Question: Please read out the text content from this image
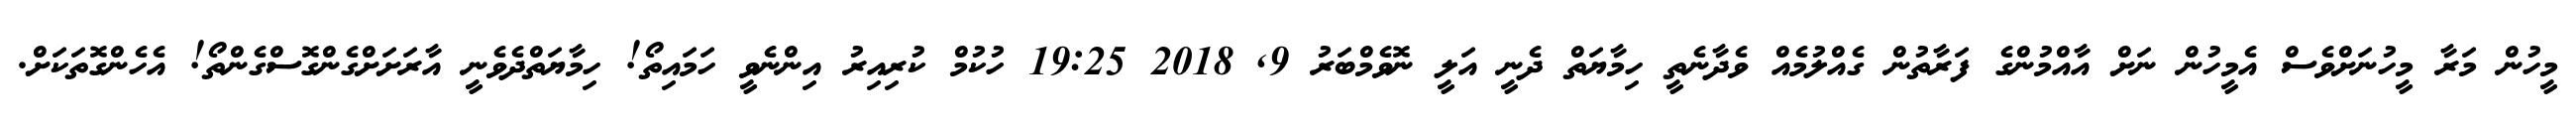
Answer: މީހުން މަރާ މީހުނަށްވެސް އެމީހުން ނަށް އާއްމުންގެ ފަރާތުން ގެއްލުމެއް ވެދާނެތީ ހިމާޔަތް ދެނީ އަލީ ނޮވެމްބަރު 9, 2018 19:25 ހުކުމް ކުރިއިރު އިންނެވީ ހަމައިތޯ! ހިމާޔަތްދެވެނީ އާރަށަށްގެންގޮސްގެންތޯ! އެހެންގޮތަކަށް.